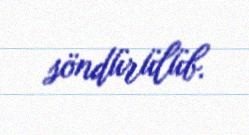
söndürülüb.